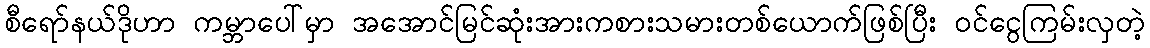
စီရော်နယ်ဒိုဟာ ကမ္ဘာပေါ်မှာ အအောင်မြင်ဆုံးအားကစားသမားတစ်ယောက်ဖြစ်ပြီး ဝင်ငွေကြမ်းလှတဲ့